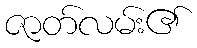
ဇာတ်လမ်း၏